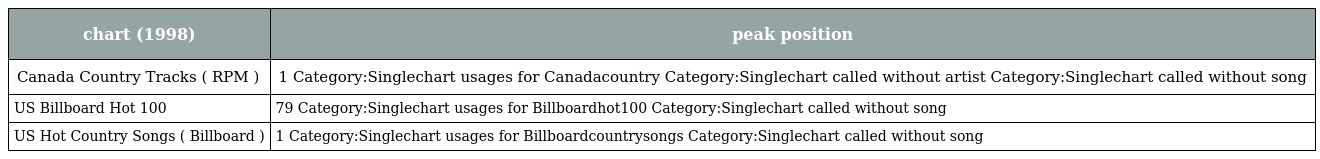
| chart (1998) | peak position |
 | --- | --- |
 | Canada Country Tracks ( RPM ) | 1 Category:Singlechart usages for Canadacountry Category:Singlechart called without artist Category:Singlechart called without song |
 | US Billboard Hot 100 | 79 Category:Singlechart usages for Billboardhot100 Category:Singlechart called without song |
 | US Hot Country Songs ( Billboard ) | 1 Category:Singlechart usages for Billboardcountrysongs Category:Singlechart called without song |